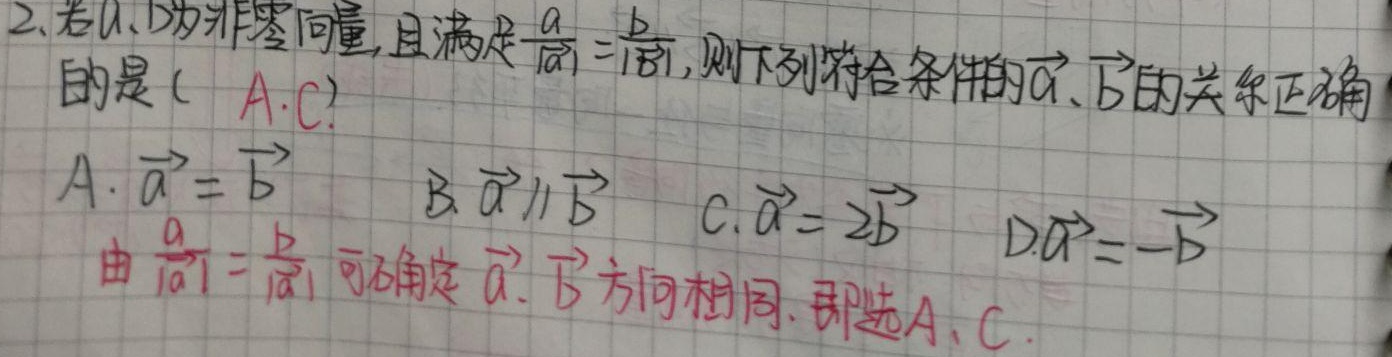
2. 若\(\vec{a}\)、\(\vec{b}\)为非零向量，且满足\(\frac{\vec{a}}{\vert\vec{a}\vert}=\frac{\vec{b}}{\vert\vec{b}\vert}\)，则下列符合条件的\(\vec{a}\)、\(\vec{b}\)的关系正确的是 (A, C)。
A. \(\vec{a}=\vec{b}\)
B. \(\vec{a}\parallel\vec{b}\)
C. \(\vec{a}=2\vec{b}\)
D. \(\vec{a}=-\vec{b}\)

由\(\frac{\vec{a}}{\vert\vec{a}\vert}=\frac{\vec{b}}{\vert\vec{b}\vert}\)可确定\(\vec{a}\)、\(\vec{b}\)方向相同，即选A、C。